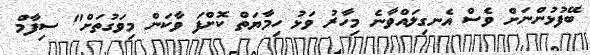
ބޭފުޅުންނަށް ވެސް އެނގިލައްވާނެ މިހާރު ވަޅު ހިމާޔަތް ކޮށްފަ ވާކަން މިވަގުތަށް" ސިފާމް